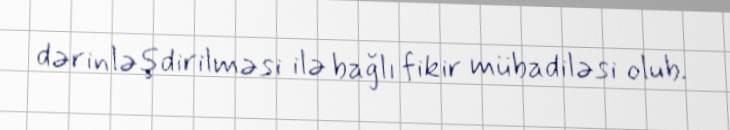
dərinləşdirilməsi ilə bağlı fikir mübadiləsi olub.